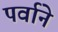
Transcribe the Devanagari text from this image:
पर्वाने